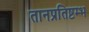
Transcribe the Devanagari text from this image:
तानप्रतिष्टम्भ